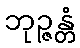
ဘုဉ္ဇန္တံ